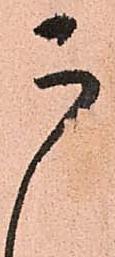
う